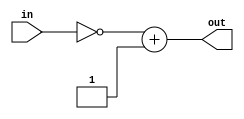
`timescale 1ns / 1ps
//////////////////////////////////////////////////////////////////////////////////
// Company: 
// Engineer: 
// 
// Design Name: 
// Module Name:    twos_complement_sixteen_bit 
// Project Name: 
// Target Devices: 
// Tool versions: 
// Description: 
//
// Dependencies: 
//
// Revision: 
// Revision 0.01 - File Created
// Additional Comments: 
//
//////////////////////////////////////////////////////////////////////////////////
module twos_complement_sixteen_bit(
    input [15:0] in,
    output [15:0] out
    );
	 assign out = (~in) + 1;
endmodule